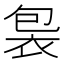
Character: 𧙘